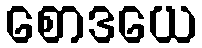
စောဒယေ